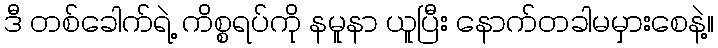
ဒီ တစ်ခေါက်ရဲ့ ကိစ္စရပ်ကို နမူနာ ယူပြီး နောက်တခါမမှားစေနဲ့။